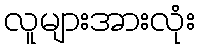
လူများအားလုံး